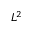
L ^ { 2 }